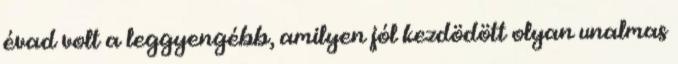
évad volt a leggyengébb, amilyen jól kezdödött olyan unalmas